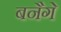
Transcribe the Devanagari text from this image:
बनैगे